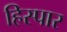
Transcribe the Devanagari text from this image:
हिस्पार